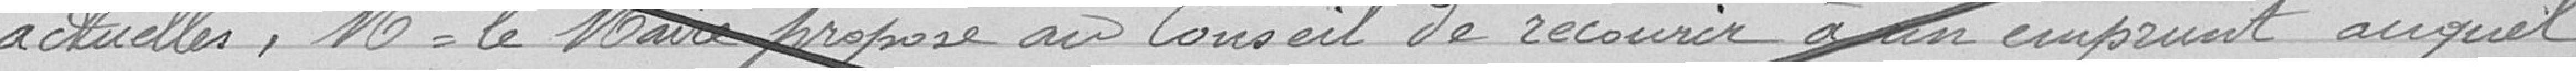
actuelles, Monsieur le Maire propose au Conseil de recourir à un emprunt auquel